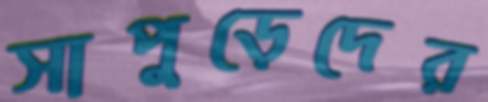
সাপুড়েদের